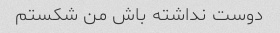
دوست نداشته باش من شکستم